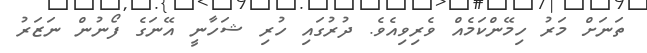
ތަނަށް މަރު ހިމޭންކަމެއް ވެރިވިއެވެ. ދުރުގައި ހުރި ޝަހާނީ އޭނަގެ ފޯނުން ނަޒަރު